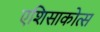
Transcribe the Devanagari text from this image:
एशिसाकोत्स